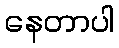
နေတာပါ